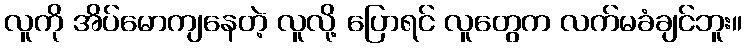
လူကို အိပ်မောကျနေတဲ့ လူလို့ ပြောရင် လူတွေက လက်မခံချင်ဘူး။